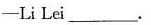
-Li Lei ___.